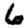
Digit: 6